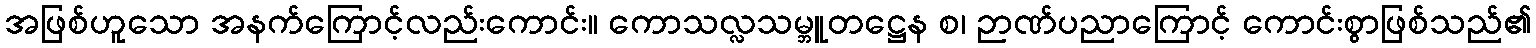
အဖြစ်ဟူသော အနက်ကြောင့်လည်းကောင်း။ ကောသလ္လသမ္ဘူတဋ္ဌေန စ၊ ဉာဏ်ပညာကြောင့် ကောင်းစွာဖြစ်သည်၏